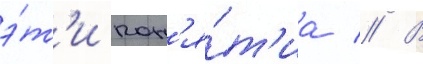
э́т'и пон'я́т'иа // В